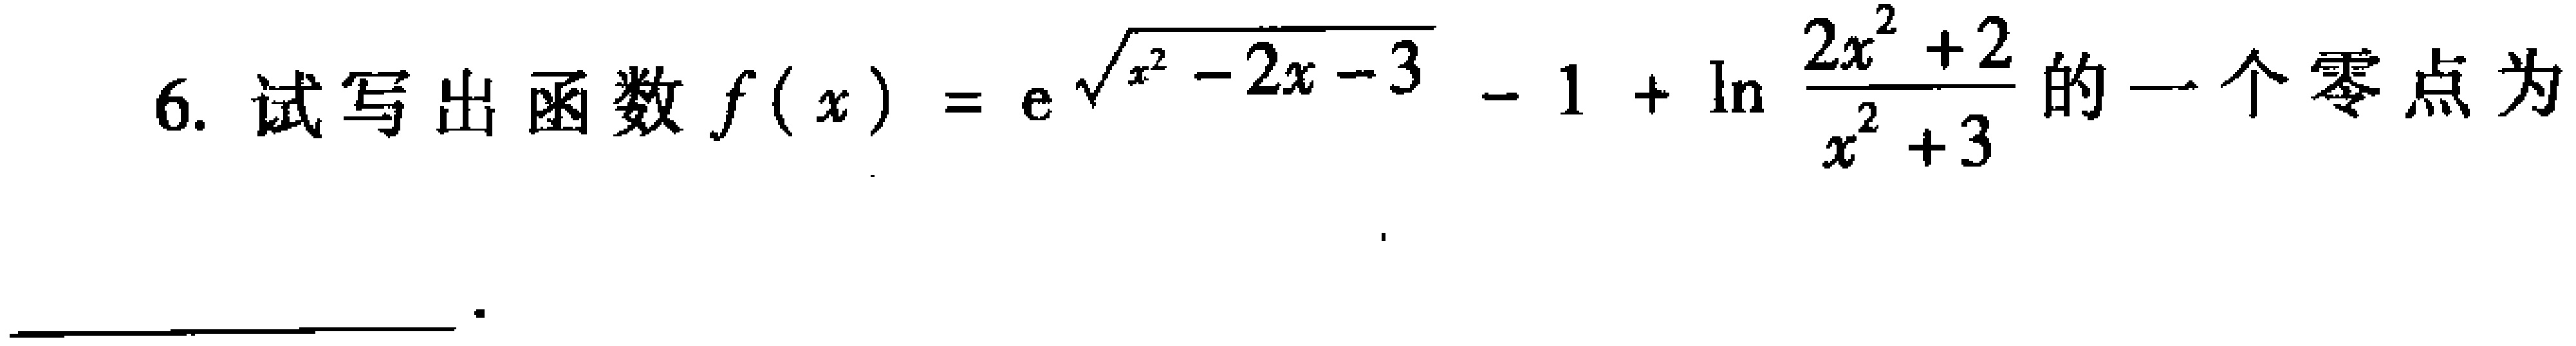
6. 试写出函数\(f(x)=e^{\sqrt{x^{2}-2x - 3}}-1+\ln\frac{2x^{2}+2}{x^{2}+3}\)的一个零点为  。